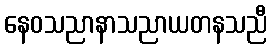
နေဝသညာနာသညာယတနသညီ